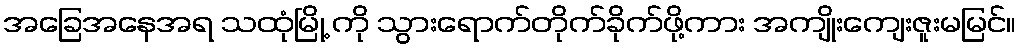
အခြေအနေအရ သထုံမြို့ ကို သွားရောက်တိုက်ခိုက်ဖို့ကား အကျိုးကျေးဇူးမမြင်။